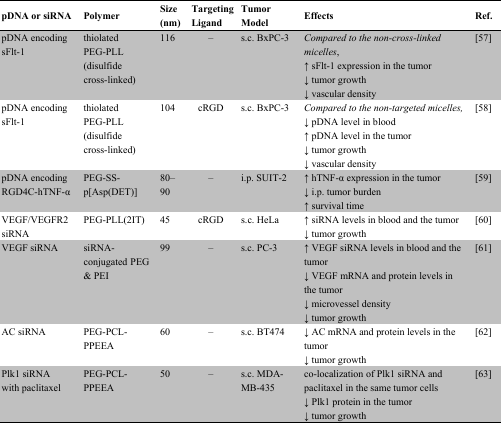
<table><thead><tr><td><b>pDNA or siRNA</b></td><td><b>Polymer</b></td><td><b>Size (nm)</b></td><td><b>Targeting Ligand</b></td><td><b>Tumor Model</b></td><td><b>Effects </b></td><td><b>Ref.</b></td></tr></thead><tbody><tr><td>pDNA encoding sFlt-1</td><td>thiolated PEG-PLL (disulfide cross-linked)</td><td>116</td><td>–</td><td>s.c. BxPC-3</td><td><i>Compared to the non-cross-linked micelles</i>,↑ sFlt-1 expression in the tumor↓ tumor growth↓ vascular density </td><td>[57]</td></tr><tr><td>pDNA encoding sFlt-1</td><td>thiolated PEG-PLL (disulfide cross-linked)</td><td>104</td><td>cRGD</td><td>s.c. BxPC-3</td><td><i>Compared to the non-targeted micelles,</i>↓ pDNA level in blood↑ pDNA level in the tumor↓ tumor growth↓ vascular density </td><td>[58]</td></tr><tr><td>pDNA encoding RGD4C-hTNF-α</td><td>PEG-SS-p[Asp(DET)]</td><td>80–90</td><td>–</td><td>i.p. SUIT-2</td><td>↑ hTNF-α expression in the tumor↓ i.p. tumor burden↑ survival time </td><td>[59]</td></tr><tr><td>VEGF/VEGFR2 siRNA</td><td>PEG-PLL(2IT)</td><td>45</td><td>cRGD</td><td>s.c. HeLa</td><td>↑ siRNA levels in blood and the tumor↓ tumor growth </td><td>[60]</td></tr><tr><td>VEGF siRNA</td><td>siRNA-conjugated PEG &amp; PEI</td><td>99</td><td>–</td><td>s.c. PC-3</td><td>↑ VEGF siRNA levels in blood and the tumor↓ VEGF mRNA and protein levels in the tumor↓ microvessel density↓ tumor growth</td><td>[61]</td></tr><tr><td>AC siRNA</td><td>PEG-PCL-PPEEA</td><td>60</td><td>–</td><td>s.c. BT474</td><td>↓ AC mRNA and protein levels in the tumor↓ tumor growth</td><td>[62]</td></tr><tr><td>Plk1 siRNA with paclitaxel</td><td>PEG-PCL-PPEEA</td><td>50</td><td>–</td><td>s.c. MDA-MB-435</td><td>co-localization of Plk1 siRNA and paclitaxel in the same tumor cells↓ Plk1 protein in the tumor↓ tumor growth</td><td>[63]</td></tr></tbody></table>